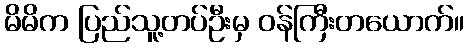
မိမိက ပြည်သူ့တပ်ဦးမှ ဝန်ကြီးတယောက်။